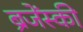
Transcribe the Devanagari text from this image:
ब्रजेंस्की